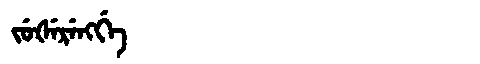
Manchu: ᠵᡠᡧᡝᡵᡝᠩᡤᡝ
Romanization: JUŠERENGGE